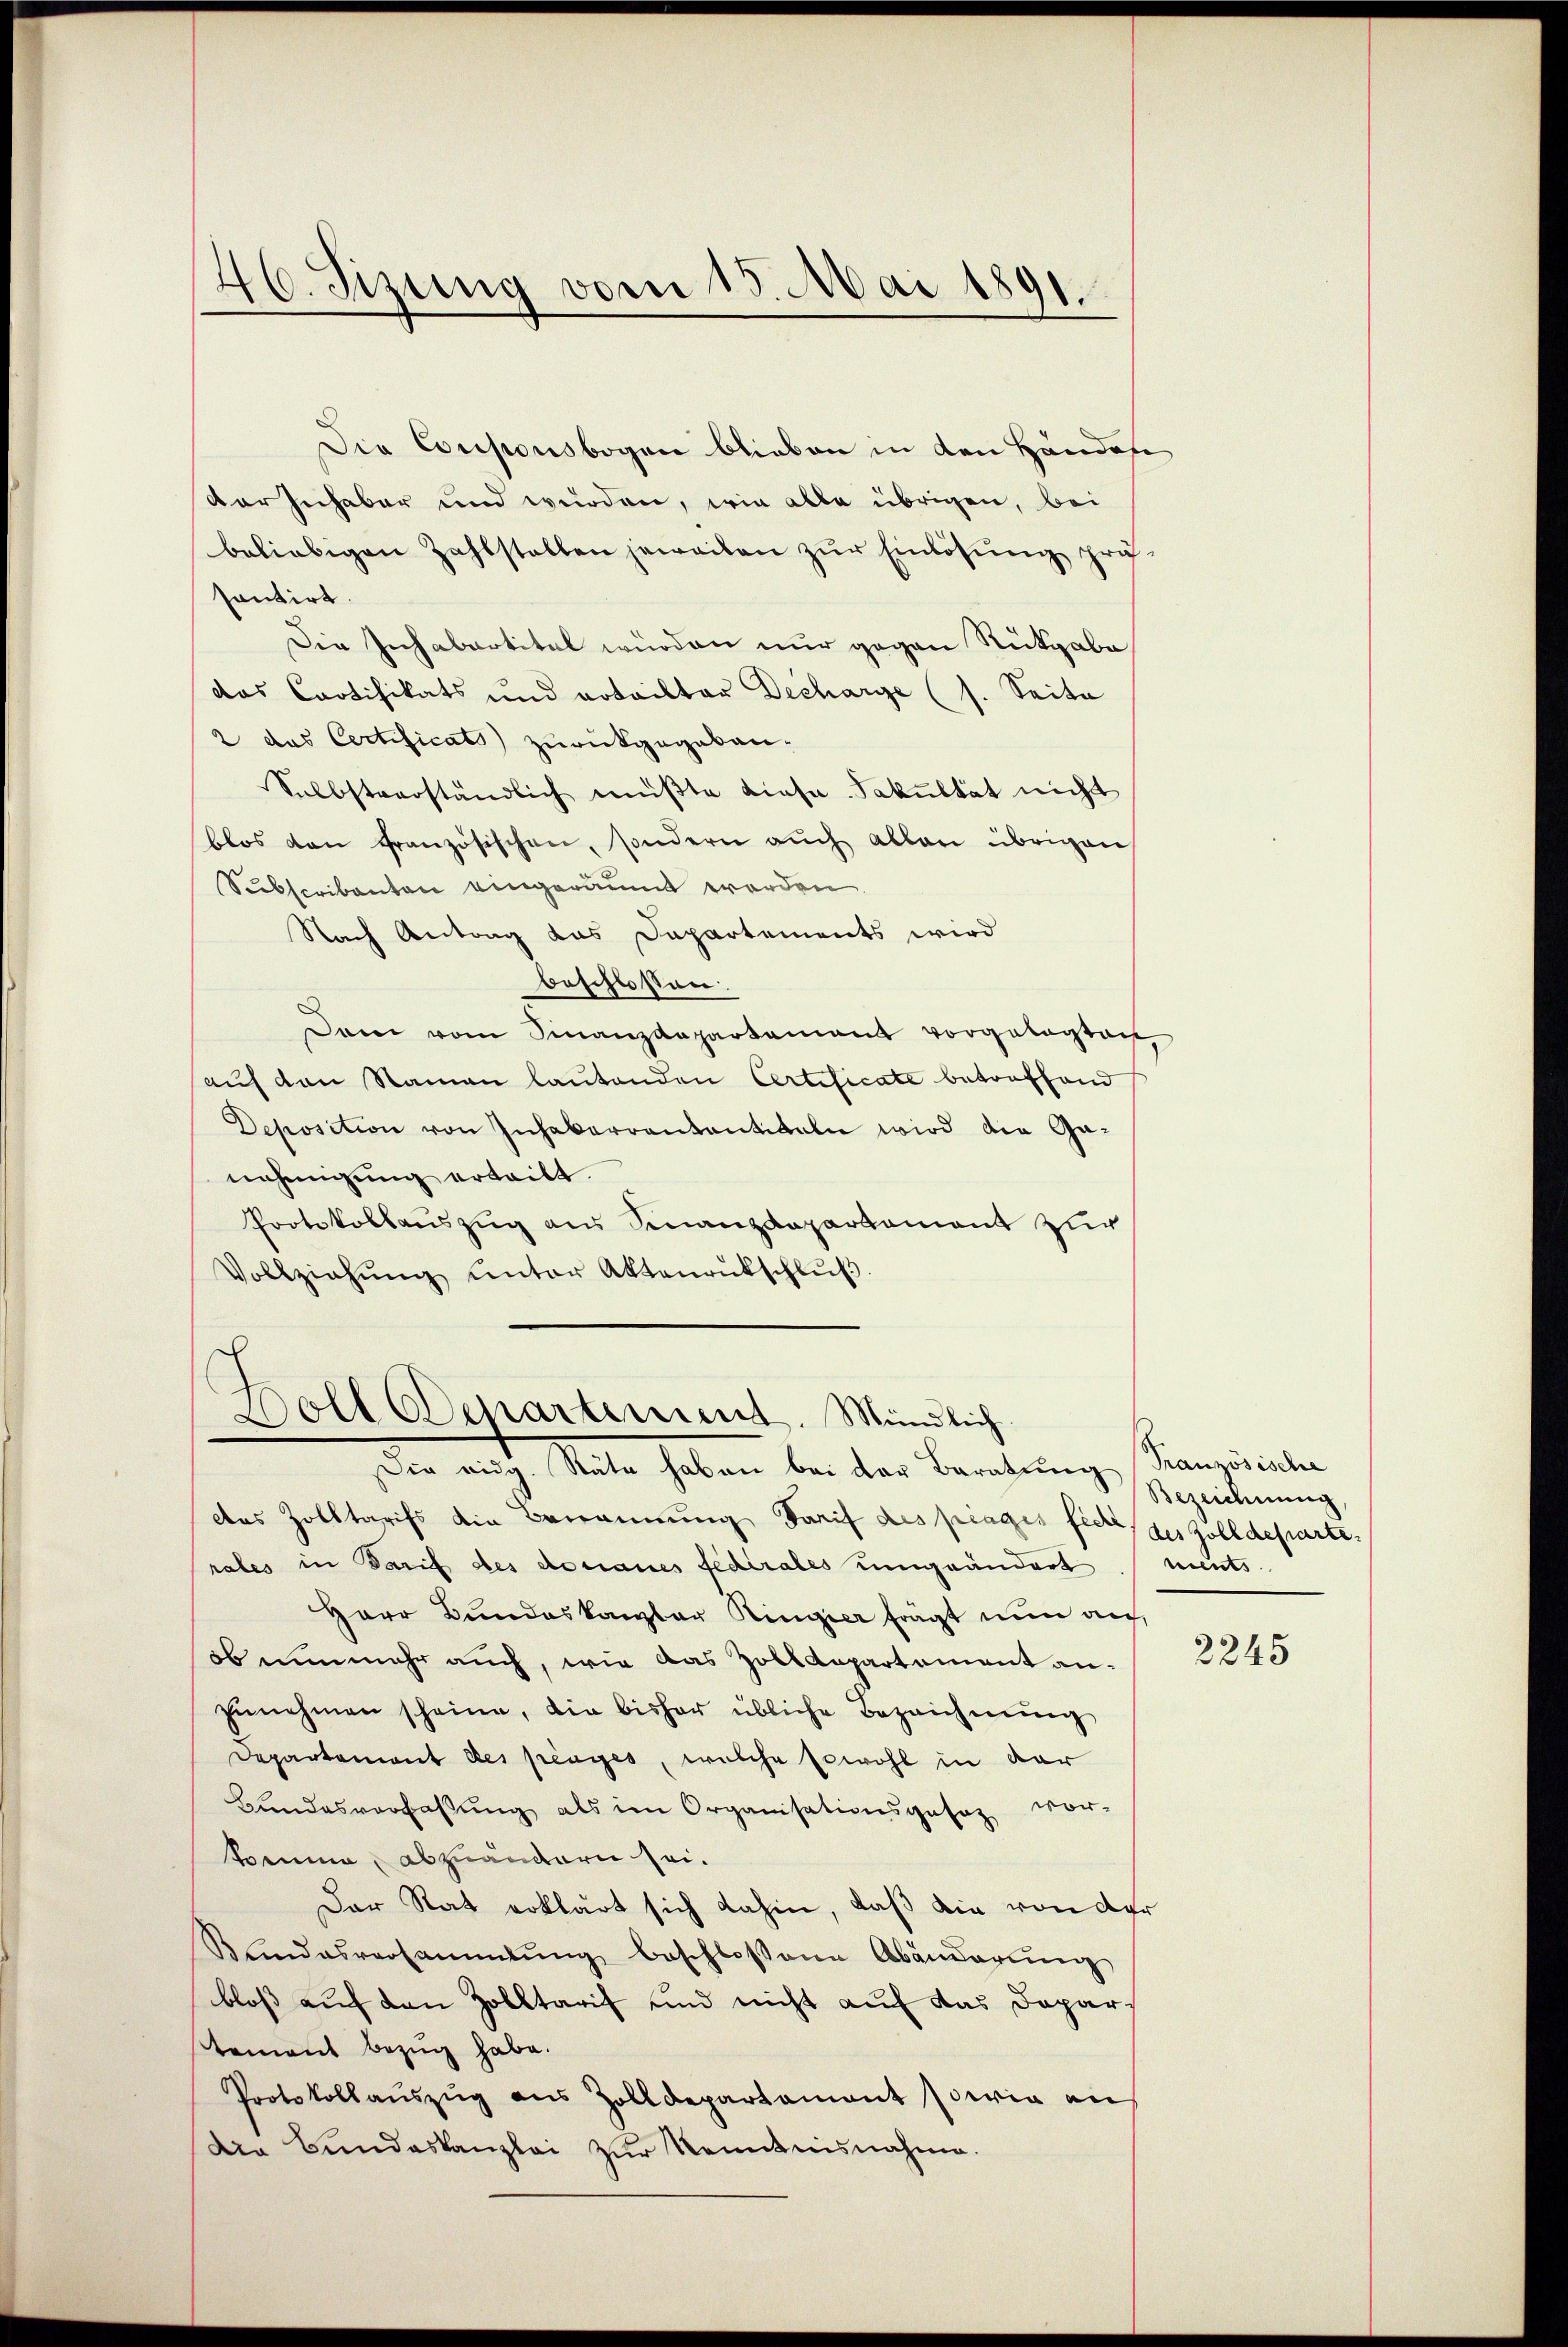
46. Sizung vom 15. Mai 1891.

Die Couponsbogen blieben in den Händene
Vor Inhaber und würden, wie alle übrigen, bei
beliebigen Zahlstellen jeweiten zŭr Einlösung prä-
sontirt.
Die Inhabertitel würden nur gegen Rückgabe
das Cortifikats und ertriktor Decharge (s. Seite
2 das Certificats zurückgegeben.
Selbstverständlich müßte diese Fakultät nicht
blos den französischen, sondern aŭch allen übrigen
Subscribanten eingeräumt worden.
Nach Antrag das Dapartements wird
beschlossen:
Dem vom Finanzdepartamant vorgelegten,
auf den Namen lautenden Certificate betreffend
Deposition von Inhaberrantantwaln wird die Ganehmigung erteilt.
Protokollauszug aus Finanzdepartement zur
Vollziehŭng ŭnter Aktenrütschlŭβ

Doll Departement. Mündlich.

Die eidg. Stäte haben bei der Baratung Französische
das Zolltarifs die Bewannung Tarif des prages fich des Zolldeparte.
rales in Tarif des donaues Fedirales umgeändert
Herr Bundeskanzler Ringier frägt nun auch,
ob nunmehr auch, wie das Zolldepartement an-
zŭnehmen scheine, die bisher übliche Bezeichnŭng
Departement des prenges, welche sowohl in dar
Bundesverfassung als im Organisationsgesez vor-
komme, abzuändern sei.
Der Rat erklärt sich dahin, daß die von der
Khindesversammlung beschlossene Abänderŭng
bloß auf den Zolltarif und nicht auf das Daparstement Bezug habe.
Protokollaŭszŭg aŭs Zolldepartament sowie an
Die Bundeskanzlei zŭr Kenntnisnahme.

Bezeichnung,
ments

2245